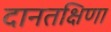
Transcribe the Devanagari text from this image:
दानतक्षिणा